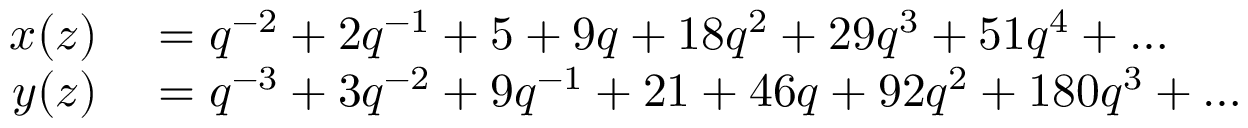
\begin{array} { r l } { x ( z ) } & { { } = q ^ { - 2 } + 2 q ^ { - 1 } + 5 + 9 q + 1 8 q ^ { 2 } + 2 9 q ^ { 3 } + 5 1 q ^ { 4 } + \ldots } \\ { y ( z ) } & { { } = q ^ { - 3 } + 3 q ^ { - 2 } + 9 q ^ { - 1 } + 2 1 + 4 6 q + 9 2 q ^ { 2 } + 1 8 0 q ^ { 3 } + \ldots } \end{array}